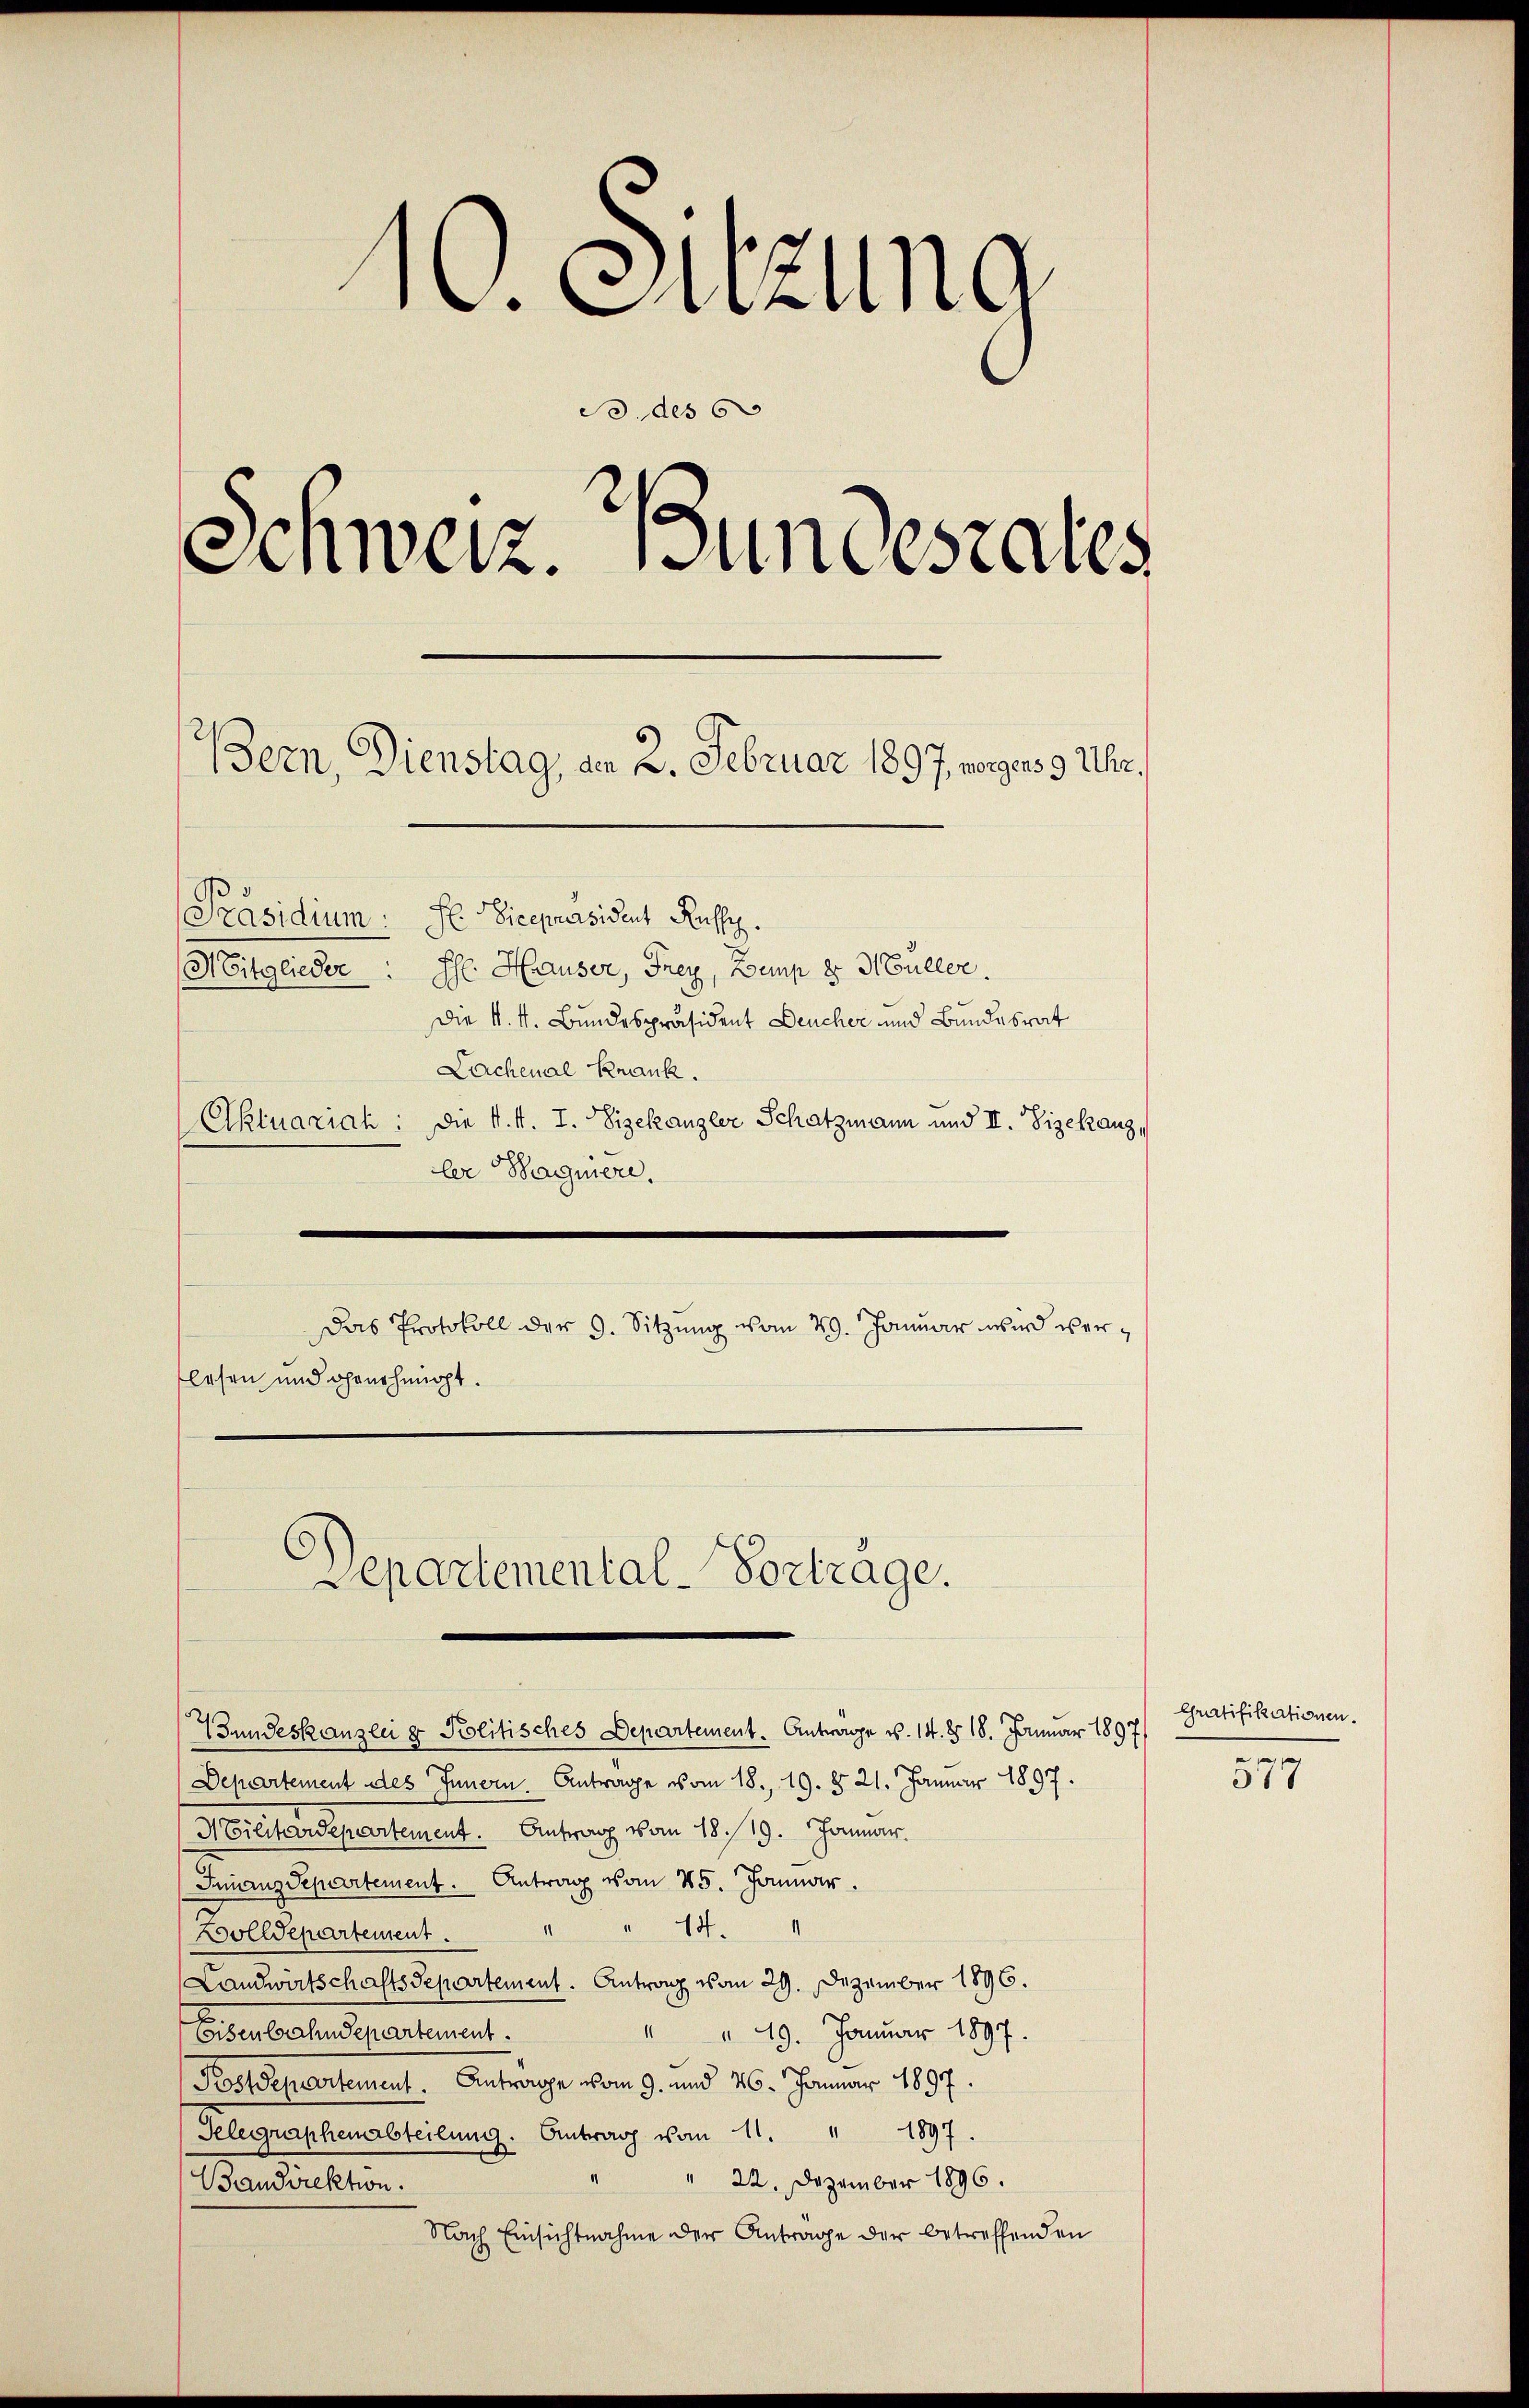
10. Sitzung
B. des 6
Schweiz. Bundesrates
Bern, Dienstag, am 2. Februar 1897, vorgens 9 Uhr,

[Präsidium: Hr. Vicepräsident Kuss.
Ehr: Hauser, Frey, Zemp z Müller.
Mitglieder
Die k. k. Bundespräsident Deucher und Bundesrat
Lachenal Krank.
Aktuariah: Die k. k. I. Vizekanzler Schatzmann und II. Vizekanz,
ler Wagniere.
e
Das Protokoll der 9. Sitzung vom 29. Januar wird verflesen und genehmigt.

Departemental-Vortrage.

Bundeskanzlei z. Politisches Departement. Antrage v. 14. d. 18. Januar 1897
Departement des Innern Antrage vom 18. 19. § 21. Januar 1897
Militardepartement. Antrag vom 18./19. Januar.
Finanzdepartement. Antrag vom 25. Januar
Dolldepartement                                      "                                   14.
Landwirtschaftsdepartement. Antrag vom 29. Dezember 1896.
Eisenbahndepartement.
19. Januar 1897.
Postdepartement. Antrage vom 9. und 16. Januar 1897.
Selegraphenarbteilŭng. Antrag vom 11. " 1897.
" 22. Dezember 1896.
Bandirektion.
Nach Einsichtnahme der Antrage der betreffenden

Gratifikationen.

577